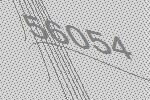
56054